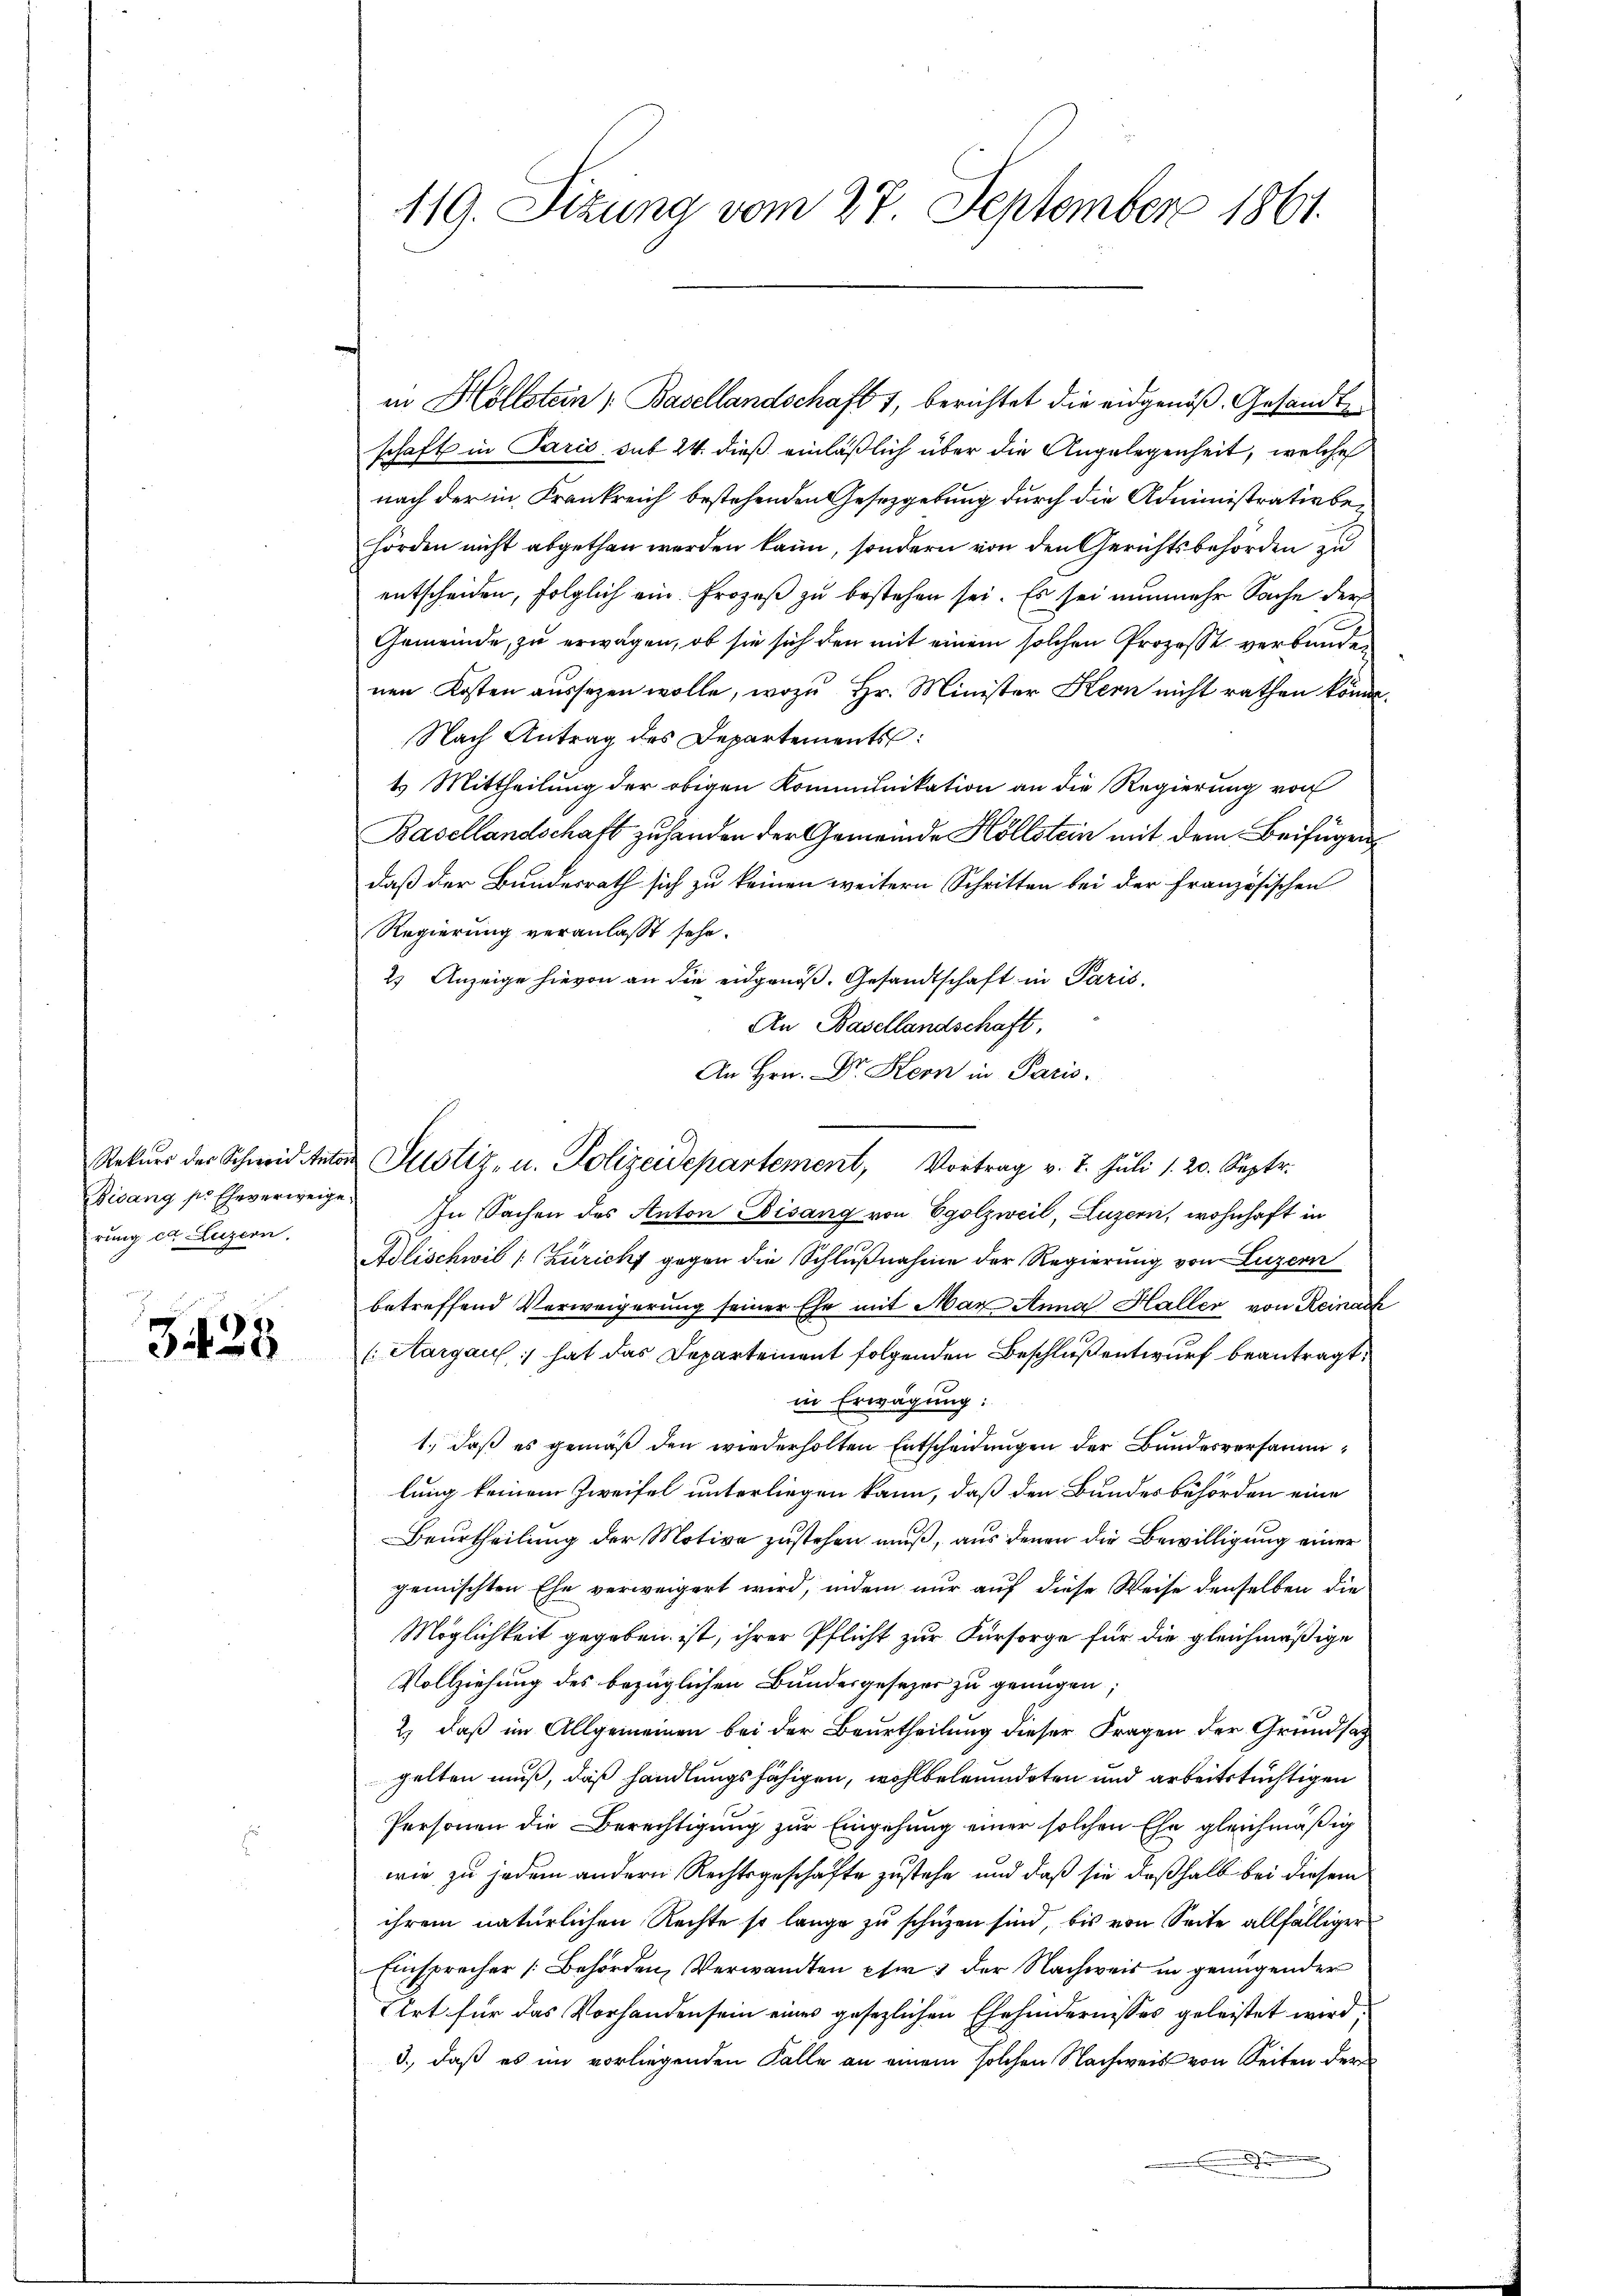
Bisang so Eheverweige
rung et Luzern,

328

119. Sizung vom 27. September 1861.

in Hollstein Basellandschaft 1, berichtet die eidgenöß. Gesandt
schaft in Paris sub 24. dieß einläßlich über die Angelegenheit, welches
nach der in Frankreich bestehenden Gesetzgebung durch die Administrativbehörden nicht abgethan werden kann, sondern von den Gerichtsbehörden zu
entscheiden, folglich ein Prozeß zu bestehen sei. Es sei nunmehr Sache der
Gemeinde, zu erwagen, ob sie sich den mit einem solchen Prozesse verbunden
nen Kosten aussezen wolle, wozu Hr. Minister Kern nicht rathen könne.
Nach Antrag des Departements:
t Mittheilung der obigen Kommunikation an die Regierung von
Basellandschaft zu handen der Gemeinde Höllstein mit dem Beifügen
daß der Bundesrath sich zu keinen weitern Schritten bei der Französischen
Regierung veranlasst sehe.
2) Anzeige hievon an die eidgenöß. Gesandtschaft in Paris.
An Basellandschaft,
An Hrn. Dr. Kern in Paris.
In Sachen des Anton Bisang von Egolzweil, Luzern, wohnhaft in
Adlischwil (Züricht gegen die Schlußnahme der Regierung von Luzern
betreffend Verweigerung seiner Ehe mit Mar Anna Haller von Reinach
(Aargau, hat das Departement folgenden Beschluß entwurf beantragt,
in Erwägung:
1., daß es gemäß den wiederholten Entscheidungen der Bundesversammlung keinem Zweifel unterliegen kann, daß den Bundesbehörden eine
Beurtheilung der Motive zustehen muß, aus denen die Bewilligung einer
gemischten Ehe verweigert wird, indem nur auf diese Weise denselben die
Möglichkeit gegeben ist, ihrer Pflicht zur Fürsorge für die gleichmäßige
Vollziehung des bezüglichen Bundesgesezes zu genügen;
2) daß im Allgemeinen bei der Beurtheilung dieser Fragen der Grundsatz
gelten muß, daß handlungsfähigen, wohlbeleumdeten und arbeitstüchtigen
Personen die Berechtigung zur Eingehung einer solchen Ehe gleichmäßig
wie zu jedem andern Rechtsgeschäfte zustehe, und daß sie deßhalb bei diesem
ihrem natürlichen Rechte so lange zu schuzen sind, bis von Seite allfälliger
Einsprecher Behörden, Verwandten pfer der Nachweis in genügender
Art für das Vorhanden sein eines gesezlichen Ehehindernisses geleistet wird
3.), daß es im vorliegenden Falle an einem solchen Nachweis von Seiten der

Rekŭrs der Schweid Anton Justiz, u. Polizeidepartement, Vortrag v. 7. Jŭli 1. 20. Septr.